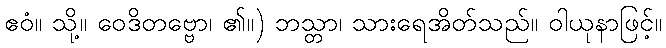
ဧဝံ။ သို့။ ဝေဒိတဗ္ဗော၊ ၏။) ဘသ္တာ၊ သားရေအိတ်သည်။ ဝါယုနာဖြင့်။